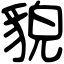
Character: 貌